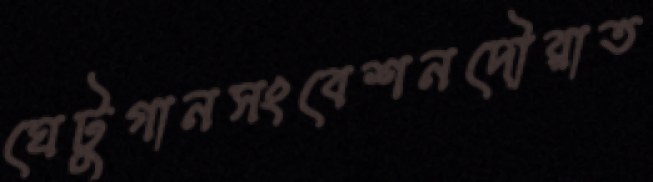
ঘেটুগানসংবেশনদৌরাত